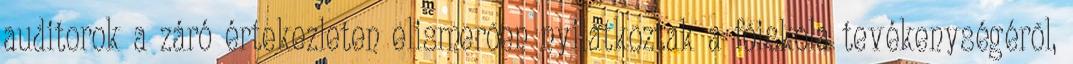
auditorok a záró értekezleten elismerõen nyilatkoztak a fõiskola tevékenységérõl,